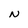
Character: N